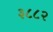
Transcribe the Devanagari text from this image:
३८८२